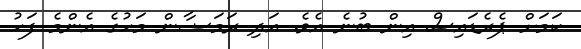
ކަމަށް ޕެރެޑައިސް އިން ބުނެ އެވެ. އަދި ރަމަޟާން މަހުގެ އެންމެ ފަހު